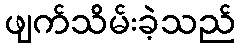
ဖျက်သိမ်းခဲ့သည်